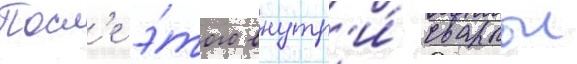
Посл'е э́того внутр'и́ сваркои